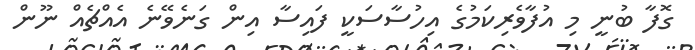
ގޮފާ ބުނީ މި އުފާވެރިކަމުގެ އިހުސާސަކީ ފައިސާ އިން ގަނެވޭނެ އެއްޗެއް ނޫން